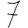
Digit: 7